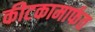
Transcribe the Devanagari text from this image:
कीटकामार्फत